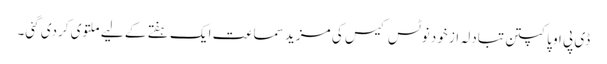
ڈی پی او پاکپتن تبادلہ از خود نوٹس کیس کی مزید سماعت ایک ہفتے کے لیے ملتوی کردی گئی۔